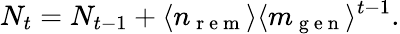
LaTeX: N_{t}=N_{t-1}+\langle n_{\mathrm{~r~e~m~}}\rangle\langle m_{\mathrm{~g~e~n~}}\rangle^{t-1}.